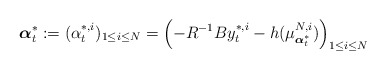
\begin{align*}\boldsymbol{\alpha}_t^*:=(\alpha_t^{*,i})_{1\leq i\leq N}=\left(-R^{-1}By_t^{*,i}-h(\mu^{N,i}_{\boldsymbol{\alpha}^*_t})\right)_{1\leq i\leq N}\end{align*}